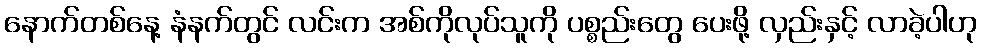
နောက်တစ်နေ့ နံနက်တွင် လင်းက အစ်ကိုလုပ်သူကို ပစ္စည်းတွေ ပေးဖို့ လှည်းနှင့် လာခဲ့ပါဟု